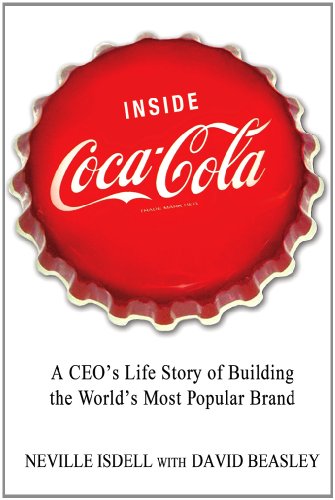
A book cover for Inside Coca-Cola: A CEO's Life Story of Building the World's Most Popular Brand; Neville Isdell; Cookbooks, Food & Wine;